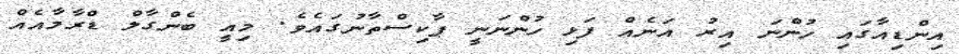
އިންޑިއާގައި ހުންނަ އިރު އަނެއް ފަޅި ހުންނަނީ ޕާކިސްތާނުގައެވެ. މިއީ ބެންގާލް ޑްރާމާއެއް